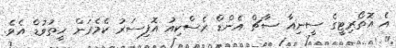
އެ އޮތޯރިޓީގެ ސީނިއާ ސާޗް އެންޑް ރެސްކިއު އޮފިސަރު ކެމެރަން ހީތުވުޑް އެވެ.